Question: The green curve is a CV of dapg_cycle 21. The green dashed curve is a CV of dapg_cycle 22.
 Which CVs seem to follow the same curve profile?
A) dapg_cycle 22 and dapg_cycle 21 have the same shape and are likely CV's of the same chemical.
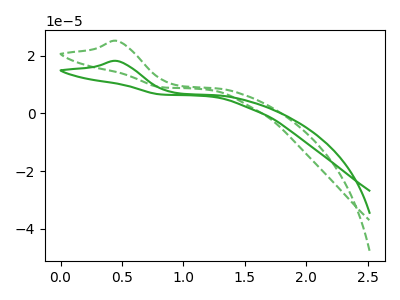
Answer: <think>The green curve "dapg_cycle 21" has an anodic peak at: (0.45V, 18.20uA). The green dashed curve "dapg_cycle 22" has an anodic peak at: (0.45V, 25.20uA).
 All the peaks in "dapg_cycle 21" have a peak in "dapg_cycle 22" at the same potential. Every peak in "dapg_cycle 21" is lower than every peak in "dapg_cycle 22".</think>
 <answer>A) "dapg_cycle 22" and "dapg_cycle 21" have the same shape and are likely CV's of the same chemical.</answer>
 <eval>A</eval>